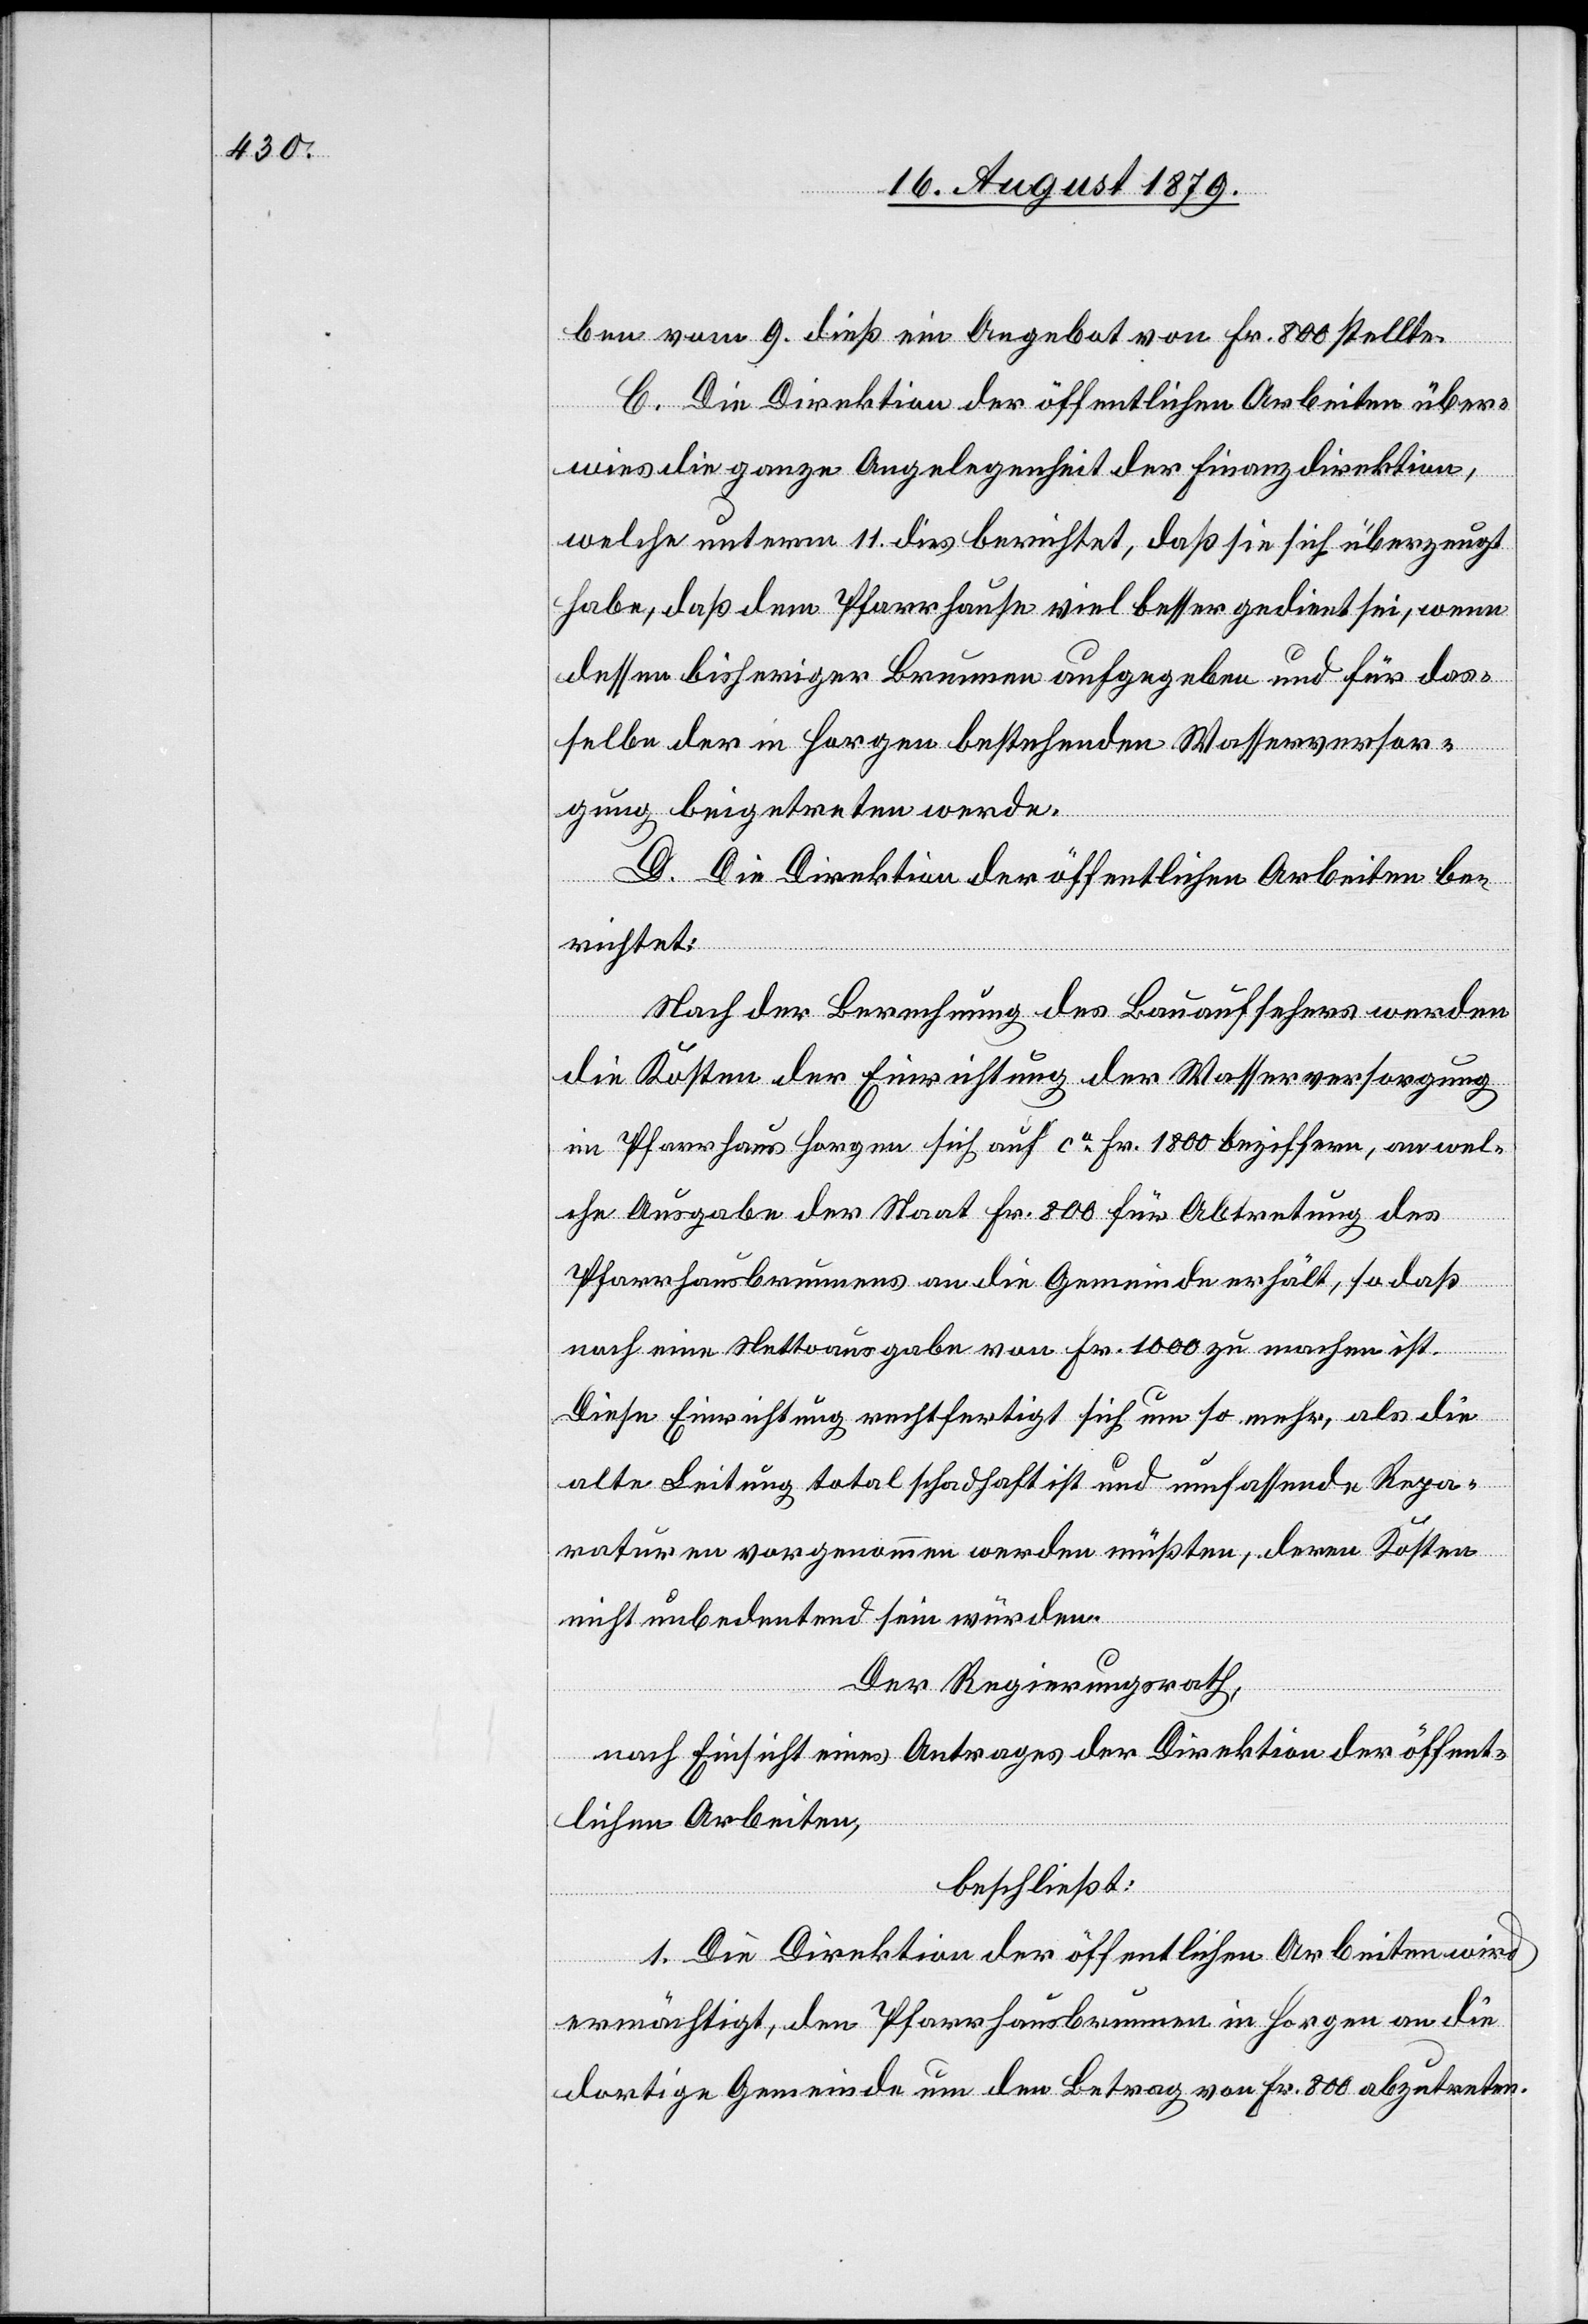
ben vom 9. dieß ein Angebot von Fr. 800 stellte.
C. Die Direktion der öffentlichen Arbeiten über¬
wies die ganze Angelegenheit der Finanzdirektion,
welche unterm 11. dies berichtet, daß sie sich überzeugt
habe, daß dem Pfarrhause viel besser gedient sei, wenn
dessen bisheriger Brunnen aufgegeben und für das¬
selbe der in Horgen bestehenden Wasserversor¬
gung beigetreten werde.
D. Die Direktion der öffentlichen Arbeiten be¬
richtet:
Nach der Berechnung des Bauaufsehers werden
die Kosten der Einrichtung der Wasserversorgung
im Pfarrhaus Horgen sich auf ca Fr. 1800 beziffert, an wel¬
che Ausgaben der Staat Fr. 800 für Abtretung des
Pfarrhausbrunnens an die Gemeinde erhält, so daß
noch eine Nettoausgabe von Fr. 1000 zu machen ist.
Diese Einrichtung rechtfertigt sich um so mehr, als die
alte Leitung total schadhaft ist und umfassende Repa¬
raturen vorgenommen werden müßten, deren Kosten
nicht unbedeutend sein würden.
Der Regierungsrath,
nach Einsicht eines Antrages der Direktion der öffent¬
lichen Arbeiten,
beschließt:
1. Die Direktion der öffentlichen Arbeiten wird
ermächtigt, den Pfarrhausbrunnen in Horgen an die
dortige Gemeinde um den Betrag von Fr. 800 abzutreten.